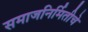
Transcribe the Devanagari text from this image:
समाजनिर्मितीचे